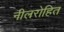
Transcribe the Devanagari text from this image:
नीलरोहित